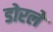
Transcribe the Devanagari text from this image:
डोरले